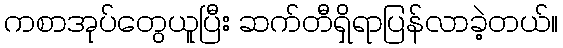
ကစာအုပ်တွေယူပြီး ဆက်တီရှိရာပြန်လာခဲ့တယ်။